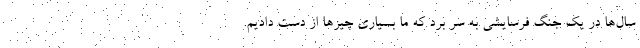
سال‌ها در یک جنگ فرسایشی به سر برد که ما بسیاری چیزها از دست دادیم.